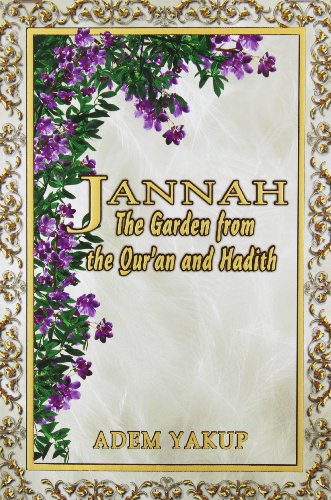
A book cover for Jannah: The Garden from the Qur'an and Hadith; Yakup Adem; Religion & Spirituality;